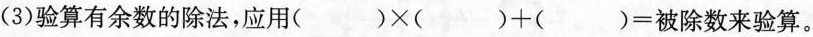
(3)验算有余数的除法，应用( )×( )+( )=被除数来验算。